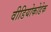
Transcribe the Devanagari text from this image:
वीडियोकोडेक